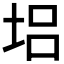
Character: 𡋿